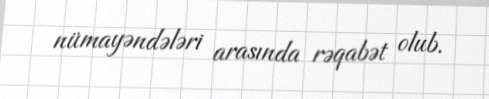
nümayəndələri arasında rəqabət olub.